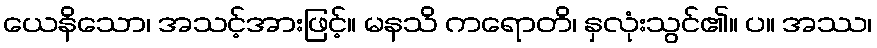
ယေနိသော၊ အသင့်အားဖြင့်။ မနသိ ကရောတိ၊ နှလုံးသွင်၏။ ပ။ အဿ၊